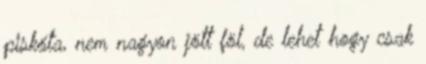
piskóta, nem nagyon jött föl, de lehet hogy csak